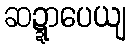
ဆဍ္ဍာပေယျ